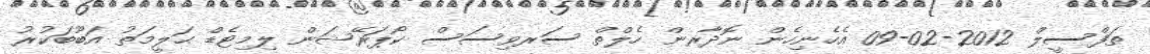
ތަފްސީލް 2012-02-09 އެހެނިހެން ނޮދާރން ހެލްތް ސަރވިސަސް ކޯޕަރޭޝަން ލިމިޓެޑް ޙަލީމަތު އަބޫބަކުރު